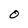
Character: O